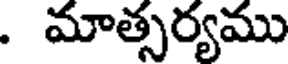
. మాత్సర్యము